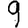
Digit: 9